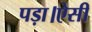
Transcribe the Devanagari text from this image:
पड़ा।ऐसी